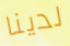
لدينا